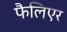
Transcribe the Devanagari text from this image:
फैलिएर